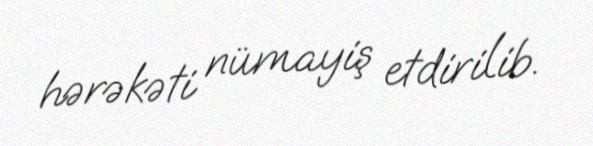
hərəkəti nümayiş etdirilib.